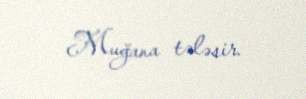
Muğana tələsir.